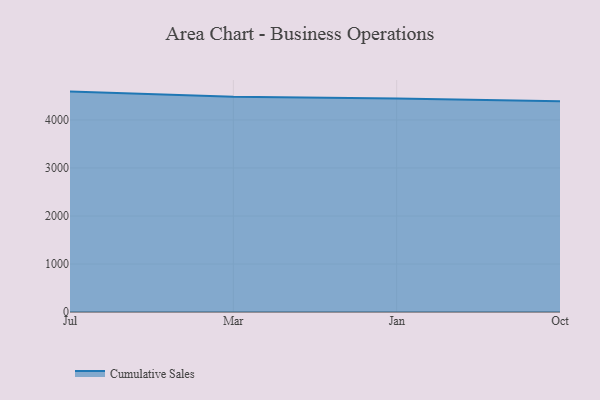
{"axis": {"x": "Month", "y": "Conversion Rate (%)"}, "legend": ["Cumulative Sales"], "data": [{"x": "Jul", "y": 4591.5, "type": "Cumulative Sales"}, {"x": "Mar", "y": 4481.7, "type": "Cumulative Sales"}, {"x": "Jan", "y": 4448.6, "type": "Cumulative Sales"}, {"x": "Oct", "y": 4388.4, "type": "Cumulative Sales"}]}